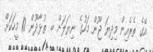
އޭގެ ތެރެއިން މިދިޔަ ޖޫން މަހުގެ ނިޔަލަށް ބ. ތުޅާދޫން 10 މީހަކަށް